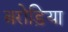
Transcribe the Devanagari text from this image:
बरोड़िया